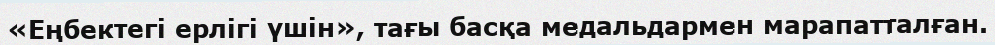
«Еңбектегі ерлігі үшін», тағы басқа медальдармен марапатталған.